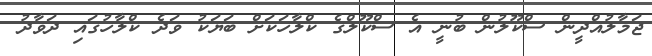
ޖަމާލުއްދީން ސްކޫލުން ބުނީ އެ ސްކޫލްގެ ކްލާހަކަށް ބަޔަކު ވަދެ ކްލާހުގައި ދަވާދު